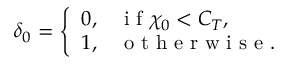
\delta _ { 0 } = \left\{ \begin{array} { l l } { 0 , } & { \mathrm { ~ i ~ f ~ } \chi _ { 0 } < C _ { T } , } \\ { 1 , } & { \mathrm { ~ o ~ t ~ h ~ e ~ r ~ w ~ i ~ s ~ e ~ } . } \end{array} \right.